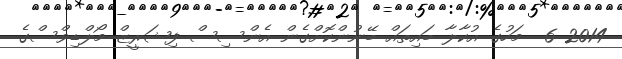
2014 6  މަހުގެ އުކާލާ ބައިތައް ބޭނުންކޮށްގެން އެންސިސް ފިޝަރީޒް މޯލްޑިވްސްގެ